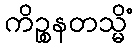
ကိဉ္စနတသ္မိံ